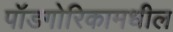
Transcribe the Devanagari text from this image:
पॉडगोरिकामधील